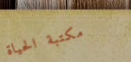
مكتبة الحياة